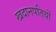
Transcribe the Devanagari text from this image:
खदानपतियों